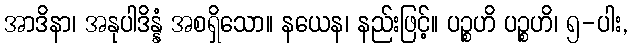
အာဒိနာ၊ အနုပါဒိန္နံ အစရှိသော။ နယေန၊ နည်းဖြင့်။ ပဉ္စဟိ ပဉ္စဟိ၊ ၅-ပါး,